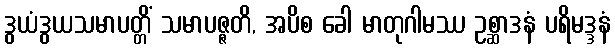
ဒွယံဒွယသမာပတ္တိံ သမာပဇ္ဇတိ, အပိစ ခေါ မာတုဂါမဿ ဥစ္ဆာဒနံ ပရိမဒ္ဒနံ